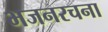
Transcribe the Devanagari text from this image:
भजनरचना